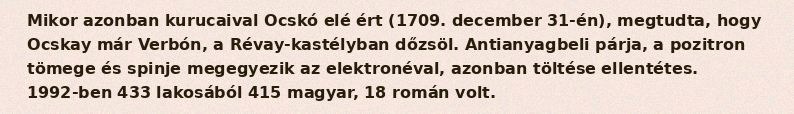
Mikor azonban kurucaival Ocskó elé ért (1709. december 31-én), megtudta, hogy Ocskay már Verbón, a Révay-kastélyban dőzsöl. Antianyagbeli párja, a pozitron tömege és spinje megegyezik az elektronéval, azonban töltése ellentétes. 1992-ben 433 lakosából 415 magyar, 18 román volt.